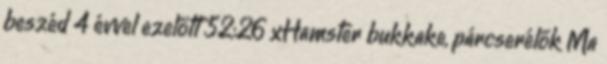
beszéd 4 évvel ezelőtt 52:26 xHamster bukkake, párcserélők Ma